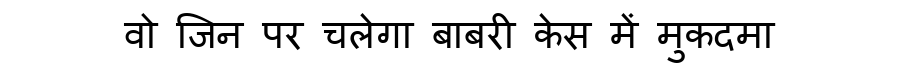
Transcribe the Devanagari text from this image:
वो जिन पर चलेगा बाबरी केस में मुकदमा